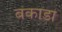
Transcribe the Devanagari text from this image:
बकाडा